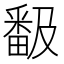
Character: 𭻬